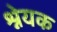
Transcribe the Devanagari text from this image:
श्नेयक